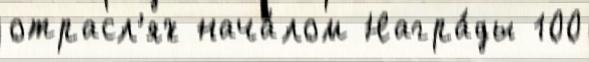
отрасл'ях нача́лом Награ́ды 100